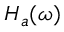
H _ { a } ( \omega )